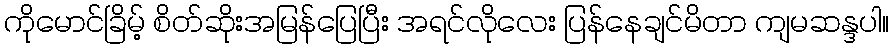
ကိုမောင်ခြိမ့် စိတ်ဆိုးအမြန်ပြေပြီး အရင်လိုလေး ပြန်နေချင်မိတာ ကျမဆန္ဒပါ။